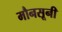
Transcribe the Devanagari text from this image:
मौनसूनी